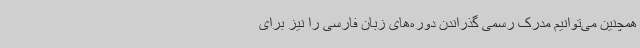
همچنین می‌توانیم مدرک رسمی گذراندن دوره‌های زبان فارسی را نیز برای